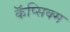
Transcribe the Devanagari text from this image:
कॅप्सिक्म